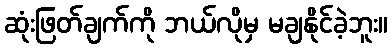
ဆုံးဖြတ်ချက်ကို ဘယ်လိုမှ မချနိုင်ခဲ့ဘူး။